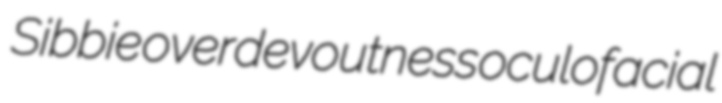
Sibbie overdevoutness oculofacial